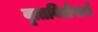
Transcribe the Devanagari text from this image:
वृत्तविशेषाचे